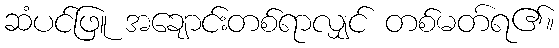
ဆံပင်ဖြူ အချောင်းတစ်ရာလျှင် တစ်မတ်ရ၏။